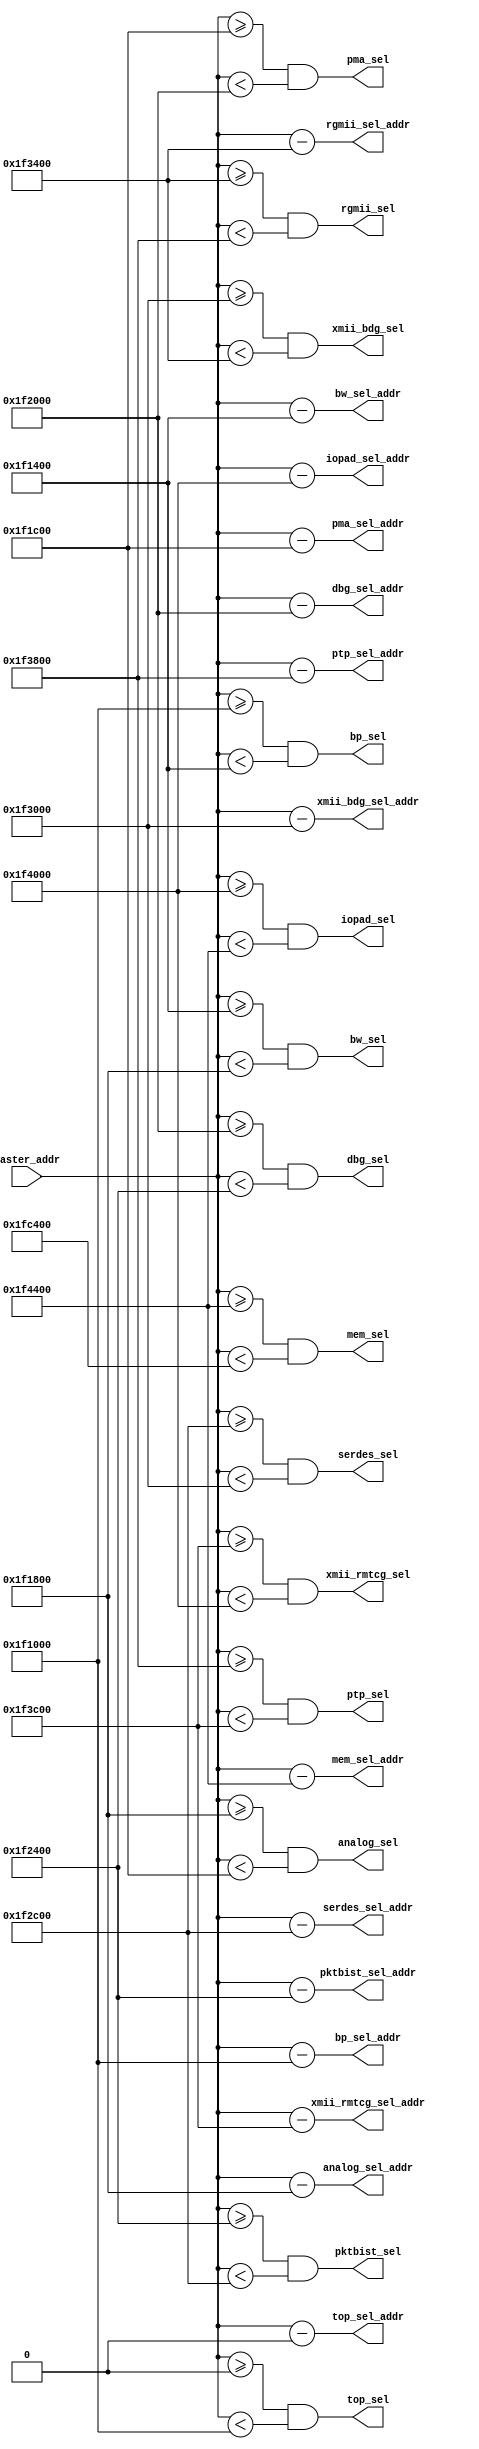
module bus_sel
#(
    parameter ADDR_WIDTH = 21
)
(
    input   wire    [ADDR_WIDTH-1:0]    master_addr,
    
    output  wire    [ADDR_WIDTH-1:0]    top_sel_addr,
    output  wire    [ADDR_WIDTH-1:0]    bp_sel_addr,
    output  wire    [ADDR_WIDTH-1:0]    bw_sel_addr,
    output  wire    [ADDR_WIDTH-1:0]    analog_sel_addr,
    output  wire    [ADDR_WIDTH-1:0]    pma_sel_addr,
    output  wire    [ADDR_WIDTH-1:0]    dbg_sel_addr,
    output  wire    [ADDR_WIDTH-1:0]    pktbist_sel_addr,
    output  wire    [ADDR_WIDTH-1:0]    serdes_sel_addr,
    output  wire    [ADDR_WIDTH-1:0]    xmii_bdg_sel_addr,
    output  wire    [ADDR_WIDTH-1:0]    rgmii_sel_addr,
    output  wire    [ADDR_WIDTH-1:0]    ptp_sel_addr,
    output  wire    [ADDR_WIDTH-1:0]    xmii_rmtcg_sel_addr ,
    output  wire    [ADDR_WIDTH-1:0]    iopad_sel_addr,
    output  wire    [ADDR_WIDTH-1:0]    mem_sel_addr,

    output  wire                        top_sel,
    output  wire                        bp_sel,
    output  wire                        bw_sel,
    output  wire                        analog_sel,
    output  wire                        pma_sel,
    output  wire                        dbg_sel,
    output  wire                        pktbist_sel,
    output  wire                        serdes_sel,
    output  wire                        xmii_bdg_sel,
    output  wire                        rgmii_sel,
    output  wire                        ptp_sel,
    output  wire                        xmii_rmtcg_sel,
    output  wire                        iopad_sel,
    output  wire                        mem_sel
);

    assign  top_sel_addr        =   master_addr - {'h0      };  // top          : group base address: 0x0
    assign  bp_sel_addr         =   master_addr - {'h1f_1000};  // bp           : group base address: 0x1f_1000
    assign  bw_sel_addr         =   master_addr - {'h1f_1400};  // bw           : group base address: 0x1f_1400
    assign  analog_sel_addr     =   master_addr - {'h1f_1800};  // analog       : group base address: 0x1f_1800
    assign  pma_sel_addr        =   master_addr - {'h1f_1c00};  // pma          : group base address: 0x1f_1c00
    assign  dbg_sel_addr        =   master_addr - {'h1f_2000};  // dbg          : group base address: 0x1f_2000
    assign  pktbist_sel_addr    =   master_addr - {'h1f_2400};  // pktbist      : group base address: 0x1f_2400
    assign  serdes_sel_addr     =   master_addr - {'h1f_2c00};  // serdes       : group base address: 0x1f_2c00
    assign  xmii_bdg_sel_addr   =   master_addr - {'h1f_3000};  // xmii_bdg     : group base address: 0x1f_3000
    assign  rgmii_sel_addr      =   master_addr - {'h1f_3400};  // rgmii        : group base address: 0x1f_3400
    assign  ptp_sel_addr        =   master_addr - {'h1f_3800};  // ptp          : group base address: 0x1f_3800
    assign  xmii_rmtcg_sel_addr =   master_addr - {'h1f_3c00};  // xmii_rmtcg   : group base address: 0x1f_3c00
    assign  iopad_sel_addr      =   master_addr - {'h1f_4000};  // iopad        : group base address: 0x1f_4000
    assign  mem_sel_addr        =   master_addr - {'h1f_4400};  // iopad        : group base address: 0x1f_4000

    assign  top_sel             =   (master_addr >= {'h0      }) && (master_addr < {'h1f_1000}); // top        : address size: 0x1f_1000
    assign  bp_sel              =   (master_addr >= {'h1f_1000}) && (master_addr < {'h1f_1400}); // bp         : address size: 0x400
    assign  bw_sel              =   (master_addr >= {'h1f_1400}) && (master_addr < {'h1f_1800}); // bw         : address size: 0x400
    assign  analog_sel          =   (master_addr >= {'h1f_1800}) && (master_addr < {'h1f_1c00}); // analog     : address size: 0x400
    assign  pma_sel             =   (master_addr >= {'h1f_1c00}) && (master_addr < {'h1f_2000}); // pma        : address size: 0x400
    assign  dbg_sel             =   (master_addr >= {'h1f_2000}) && (master_addr < {'h1f_2400}); // dbg        : address size: 0x400
    assign  pktbist_sel         =   (master_addr >= {'h1f_2400}) && (master_addr < {'h1f_2c00}); // pktbist    : address size: 0x800
    assign  serdes_sel          =   (master_addr >= {'h1f_2c00}) && (master_addr < {'h1f_3000}); // serdes     : address size: 0x400
    assign  xmii_bdg_sel        =   (master_addr >= {'h1f_3000}) && (master_addr < {'h1f_3400}); // xmii_bdg   : address size: 0x400
    assign  rgmii_sel           =   (master_addr >= {'h1f_3400}) && (master_addr < {'h1f_3800}); // rgmii      : address size: 0x400
    assign  ptp_sel             =   (master_addr >= {'h1f_3800}) && (master_addr < {'h1f_3c00}); // ptp        : address size: 0x400
    assign  xmii_rmtcg_sel      =   (master_addr >= {'h1f_3c00}) && (master_addr < {'h1f_4000}); // xmii_rmtcg : address size: 0x400
    assign  iopad_sel           =   (master_addr >= {'h1f_4000}) && (master_addr < {'h1f_4400}); // iopad      : address size: 0x400
    assign  mem_sel             =   (master_addr >= {'h1f_4400}) && (master_addr < {'h1f_c400}); // mem        : address size: 0x8000

endmodule